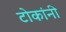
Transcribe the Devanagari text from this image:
टोकांनी